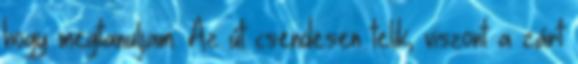
hogy megtanuljam. Az út csendesen telik, viszont a zárt